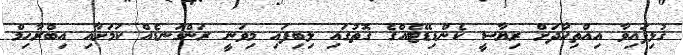
ގުޅިފައިވާ އިއްތިހާދަށް ރިޔާސީ ކެންޑިޑޭޓެއްގެ ގޮތުގައި ލިބިފައި މިވަނީ ރަންގަނޑެއް ކަމަށާއި އިބްރާހިމް